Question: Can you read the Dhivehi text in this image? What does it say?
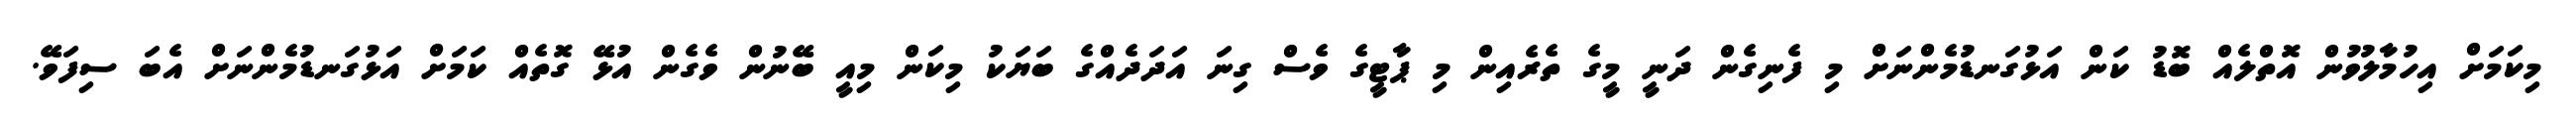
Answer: މިކަމަށް އިހުމާލުވުން އޮތްލެއް ބޮޑު ކަން އަޅުގަނޑުމެންނަށް މި ފެނިގެން ދަނީ މީގެ ތެރެއިން މި ޕާޓީގެ ވެސް ގިނަ އަދަދެއްގެ ބަޔަކު މިކަން މިއީ ބޭނުން ވެގެން އުޅޭ ގޮތެއް ކަމަށް އަޅުގަނޑުމެންނަށް އެބަ ސިފަވޭ.